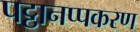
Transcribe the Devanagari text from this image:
पट्ठानप्पकरण